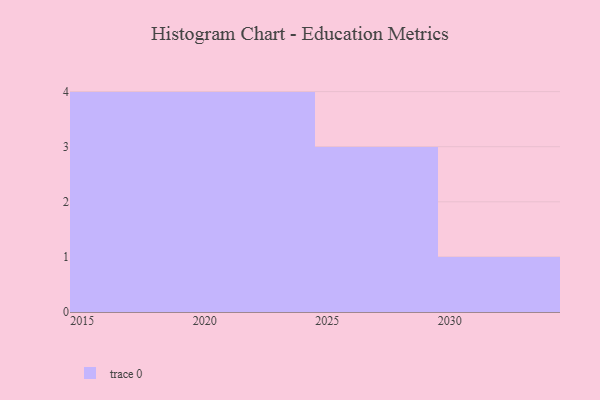
{"axis": {"x": "Year", "y": "Inventory Turnover"}, "legend": [""], "data": [{"x": "2021", "y": 36, "type": ""}, {"x": "2028", "y": 46, "type": ""}, {"x": "2030", "y": 86, "type": ""}, {"x": "2029", "y": 97, "type": ""}, {"x": "2018", "y": 95, "type": ""}, {"x": "2027", "y": 15, "type": ""}, {"x": "2019", "y": 57, "type": ""}, {"x": "2020", "y": 100, "type": ""}, {"x": "2015", "y": 5, "type": ""}, {"x": "2024", "y": 12, "type": ""}, {"x": "2022", "y": 8, "type": ""}, {"x": "2017", "y": 99, "type": ""}]}